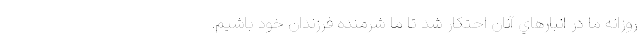
روزانه ما در انبارهاي آنان احتكار شد تا ما شرمنده فرزندان خود باشيم.